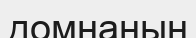
домнаның